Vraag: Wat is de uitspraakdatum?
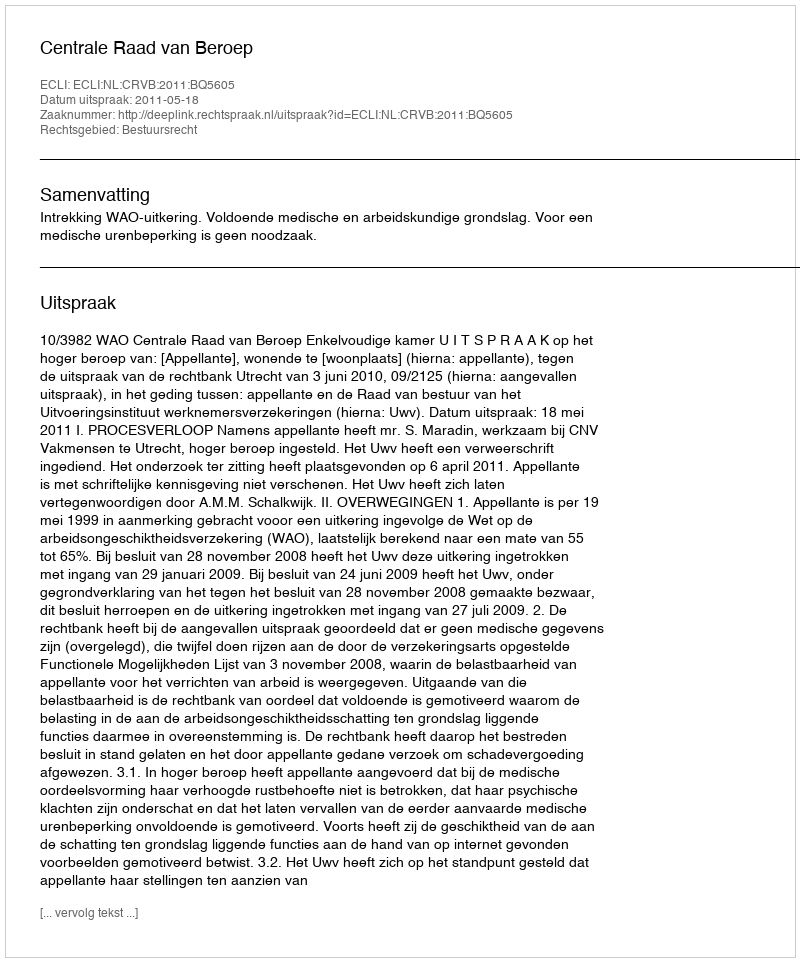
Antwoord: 2011-05-18